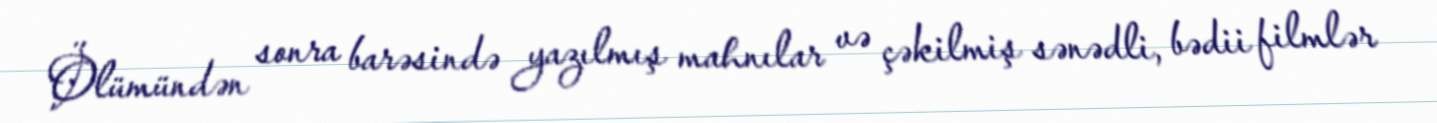
Ölümündən sonra barəsində yazılmış mahnılar və çəkilmiş sənədli, bədii filmlər